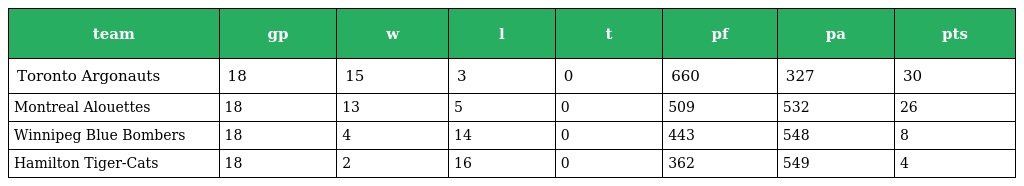
| team | gp | w | l | t | pf | pa | pts |
 | --- | --- | --- | --- | --- | --- | --- | --- |
 | Toronto Argonauts | 18 | 15 | 3 | 0 | 660 | 327 | 30 |
 | Montreal Alouettes | 18 | 13 | 5 | 0 | 509 | 532 | 26 |
 | Winnipeg Blue Bombers | 18 | 4 | 14 | 0 | 443 | 548 | 8 |
 | Hamilton Tiger-Cats | 18 | 2 | 16 | 0 | 362 | 549 | 4 |